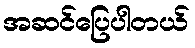
အဆင်ပြေပါတယ်